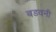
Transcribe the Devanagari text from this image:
बडवनी